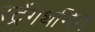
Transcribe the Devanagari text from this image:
स्ट्रेंगथनिंग